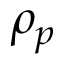
\rho _ { p }